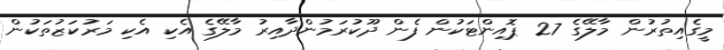
މީގެއިތުރުން މާލޭގެ 27 ޕޮއިންޓަކުން ފެން ދޫކުރަމުންދާއިރު މާލޭގެ އެކި އެކި މަރުކަޒުތަކުން